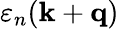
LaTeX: \varepsilon_{n}(\mathbf{k}+\mathbf{q})